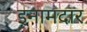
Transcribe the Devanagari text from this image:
इनामदार